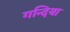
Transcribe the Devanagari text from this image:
गन्दिया